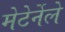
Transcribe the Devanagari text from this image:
मेटेर्नेले